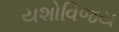
યશોવિજય